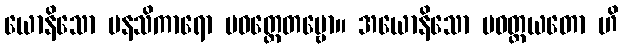
ယောနိသော မနသိကာရော ပဝတ္တေတဗ္ဗော။ အယောနိသော ပဝတ္တယတော ဟိ